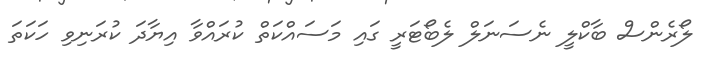
ލޯރެންސް ބާކްލީ ނެސަނަލް ލެބޯޓަރީ ގައި މަސައްކަތް ކުރައްވާ އިޔާދަ ކުރަނިވި ހަކަތަ